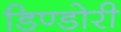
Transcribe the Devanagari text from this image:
डिण्डोरी